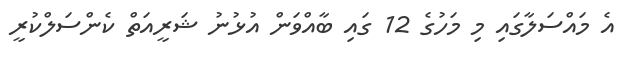
އެ މައްސަލާގައި މި މަހުގެ 12 ގައި ބާއްވަން އުޅުނު ޝަރީއަތް ކެންސަލްކުރީ